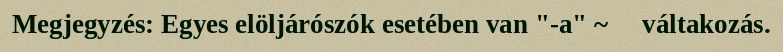
Megjegyzés: Egyes elöljárószók esetében van "-a" ~ ∅ váltakozás.